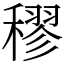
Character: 穋